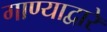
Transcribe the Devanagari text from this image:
गाण्याद्वारे